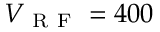
V _ { \mathrm { ~ R ~ F ~ } } = 4 0 0